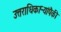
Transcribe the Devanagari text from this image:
उत्तराधिकाऱ्यांपैकी